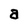
Character: a